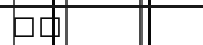
٨٨